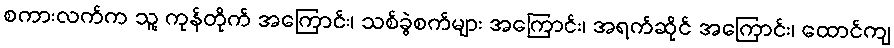
စကားလက်က သူ့ ကုန်တိုက် အကြောင်း၊ သစ်ခွဲစက်များ အကြောင်း၊ အရက်ဆိုင် အကြောင်း၊ ထောင်ကျ